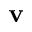
\mathbf { v }